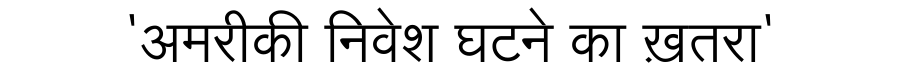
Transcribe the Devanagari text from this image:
'अमरीकी निवेश घटने का ख़तरा'